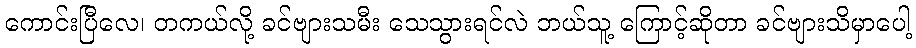
ကောင်းပြီလေ၊ တကယ်လို့ ခင်ဗျားသမီး သေသွားရင်လဲ ဘယ်သူ့ ကြောင့်ဆိုတာ ခင်ဗျားသိမှာပေါ့